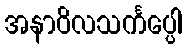
အနာဝိလသင်္ကပ္ပေါ